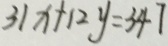
3 1 x + 1 2 y = 3 4 7